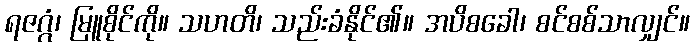
ရဇဂ္ဂံ၊ မြူစိုင်ကို။ သဟတိ၊ သည်းခံနိုင်၏။ အပိစခေါ၊ စင်စစ်သာလျှင်။